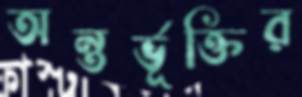
অন্তর্ভূক্তির